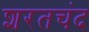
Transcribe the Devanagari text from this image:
शरतचंद